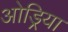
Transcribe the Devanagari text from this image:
ओड्रिया